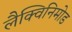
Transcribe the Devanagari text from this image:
लैक्विनिमोड